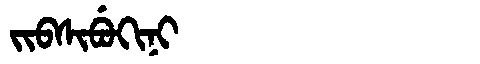
Manchu: ᠵᡳᠪᠰᡳᠪᡠᡴᡳᠨᡳ
Romanization: JIBSIBUKINI